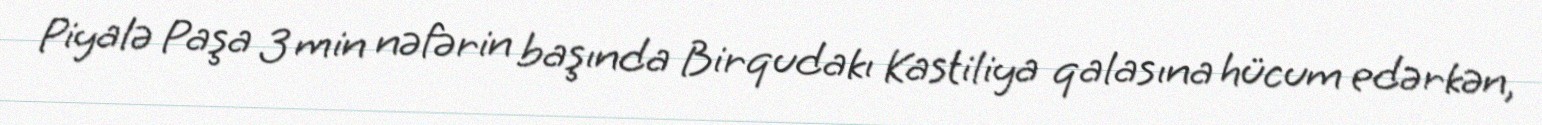
Piyalə Paşa 3 min nəfərin başında Birqudakı Kastiliya qalasına hücum edərkən,